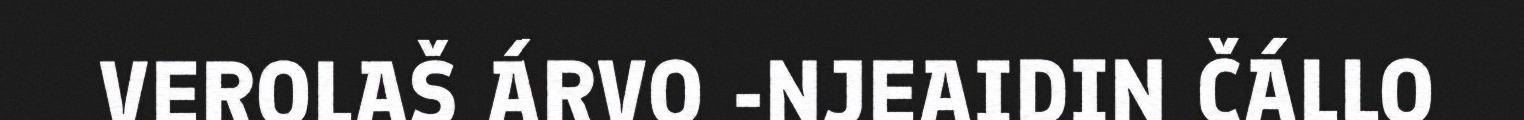
VEROLAŠ ÁRVO -NJEAIDIN ČÁLLO